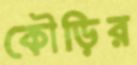
কৌড়ির